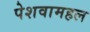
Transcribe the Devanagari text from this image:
पेशवामहल